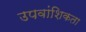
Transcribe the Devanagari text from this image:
उपवांशिकता